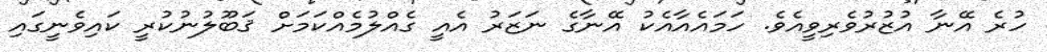
ހުރެ އޭނާ އުޒުރުވެރިވީއެވެ. ހަމައެއާއެކު އޭނާގެ ނަޒަރު އެއީ ގެއްލުމެއްކަމަށް ޤަބޫލުނުކުރީ ކައިވެނީގައި